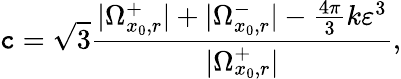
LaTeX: \mathtt{c}=\sqrt{{3}}{{\frac{{|\Omega_{x_{0},r}^{+}|+|\Omega_{x_{0},r}^{-}|-\frac{{4\pi}}{{3}}k\varepsilon^{3}}}{{|\Omega_{x_{0},r}^{+}|}}}},